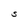
Character: S